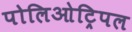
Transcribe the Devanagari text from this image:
पोलिओट्रिपल